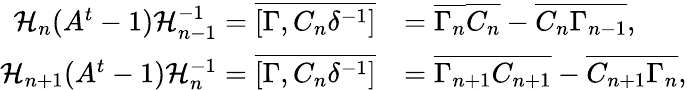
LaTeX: \begin{array}{rl}{\mathcal{H}_{n}(A^{t}-1)\mathcal{H}_{n-1}^{-1}=\overline{{[\Gamma,C_{n}\delta^{-1}]}}}&{=\overline{{\Gamma_{n}}}\overline{{C_{n}}}-\overline{{C_{n}\Gamma_{n-1}}},}\\ {\mathcal{H}_{n+1}(A^{t}-1)\mathcal{H}_{n}^{-1}=\overline{{[\Gamma,C_{n}\delta^{-1}]}}}&{=\overline{{\Gamma_{n+1}C_{n+1}}}-\overline{{C_{n+1}\Gamma_{n}}},}\end{array}